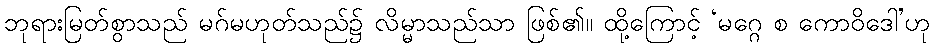
ဘုရားမြတ်စွာသည် မဂ်မဟုတ်သည်၌ လိမ္မာသည်သာ ဖြစ်၏။ ထို့ကြောင့် ‘မဂ္ဂေ စ ကောဝိဒေါ’ဟု